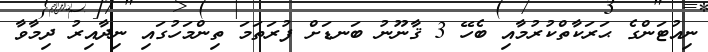
ނިއުޓަންގެ ޙަރަކާތްކުރުމާއި ބެހޭ 3 ޤާނޫނު ބަނޑަށް ފުރަތަމަ ތިންމަހުގައި ނިދާއިރު ދިމާވާ